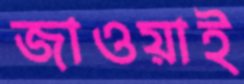
জাওয়াই